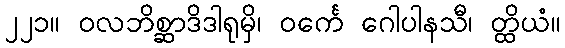
၂၂၁။ ဝလဘိစ္ဆာဒိဒါရုမှိ၊ ဝင်္ကေ ဂေါပါနသီ၊ တ္ထိယံ။